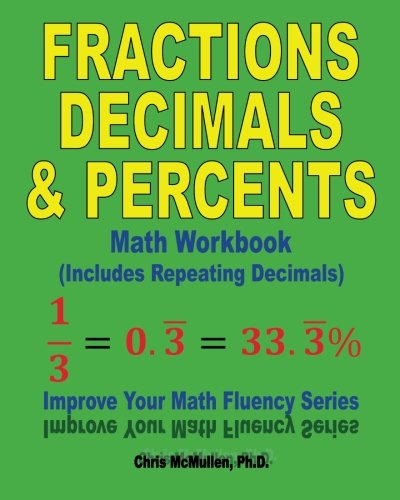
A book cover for Fractions, Decimals, & Percents Math Workbook (Includes Repeating Decimals): Improve Your Math Fluency Series; Chris McMullen; Science & Math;